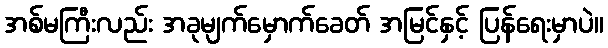
အစ်မကြီးလည်း အခုမျက်မှောက်ခေတ် အမြင်နှင့် ပြန်ရေးမှာပဲ။